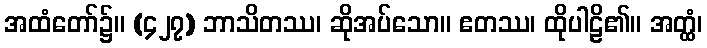
အထံတော်၌။ (၄၂၇) ဘာသိတဿ၊ ဆိုအပ်သော။ ဧတဿ၊ ထိုပါဠိ၏။ အတ္ထံ၊